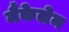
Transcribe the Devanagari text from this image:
मैकेलेम